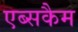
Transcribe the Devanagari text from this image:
एब्सकैम